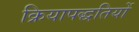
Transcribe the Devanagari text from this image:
क्रियापद्धतियों